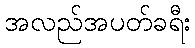
အလည်အပတ်ခရီး